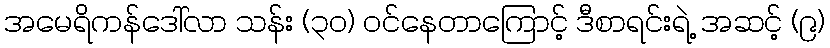
အမေရိကန်ဒေါ်လာ သန်း (၃၀) ဝင်နေတာကြောင့် ဒီစာရင်းရဲ့ အဆင့် (၉)